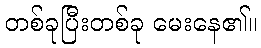
တစ်ခုပြီးတစ်ခု မေးနေ၏။